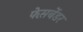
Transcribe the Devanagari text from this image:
फेस़बेंडर